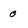
Character: 0